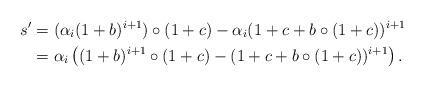
LaTeX: \begin{align*}s' &= (\alpha_i (1+b)^{i+1})\circ (1+c) - \alpha_i (1+c+b \circ(1+c))^{i+1}\\&= \alpha_i \left( (1+b)^{i+1}\circ (1+c) - (1+c+b \circ(1+c))^{i+1}\right).\end{align*}